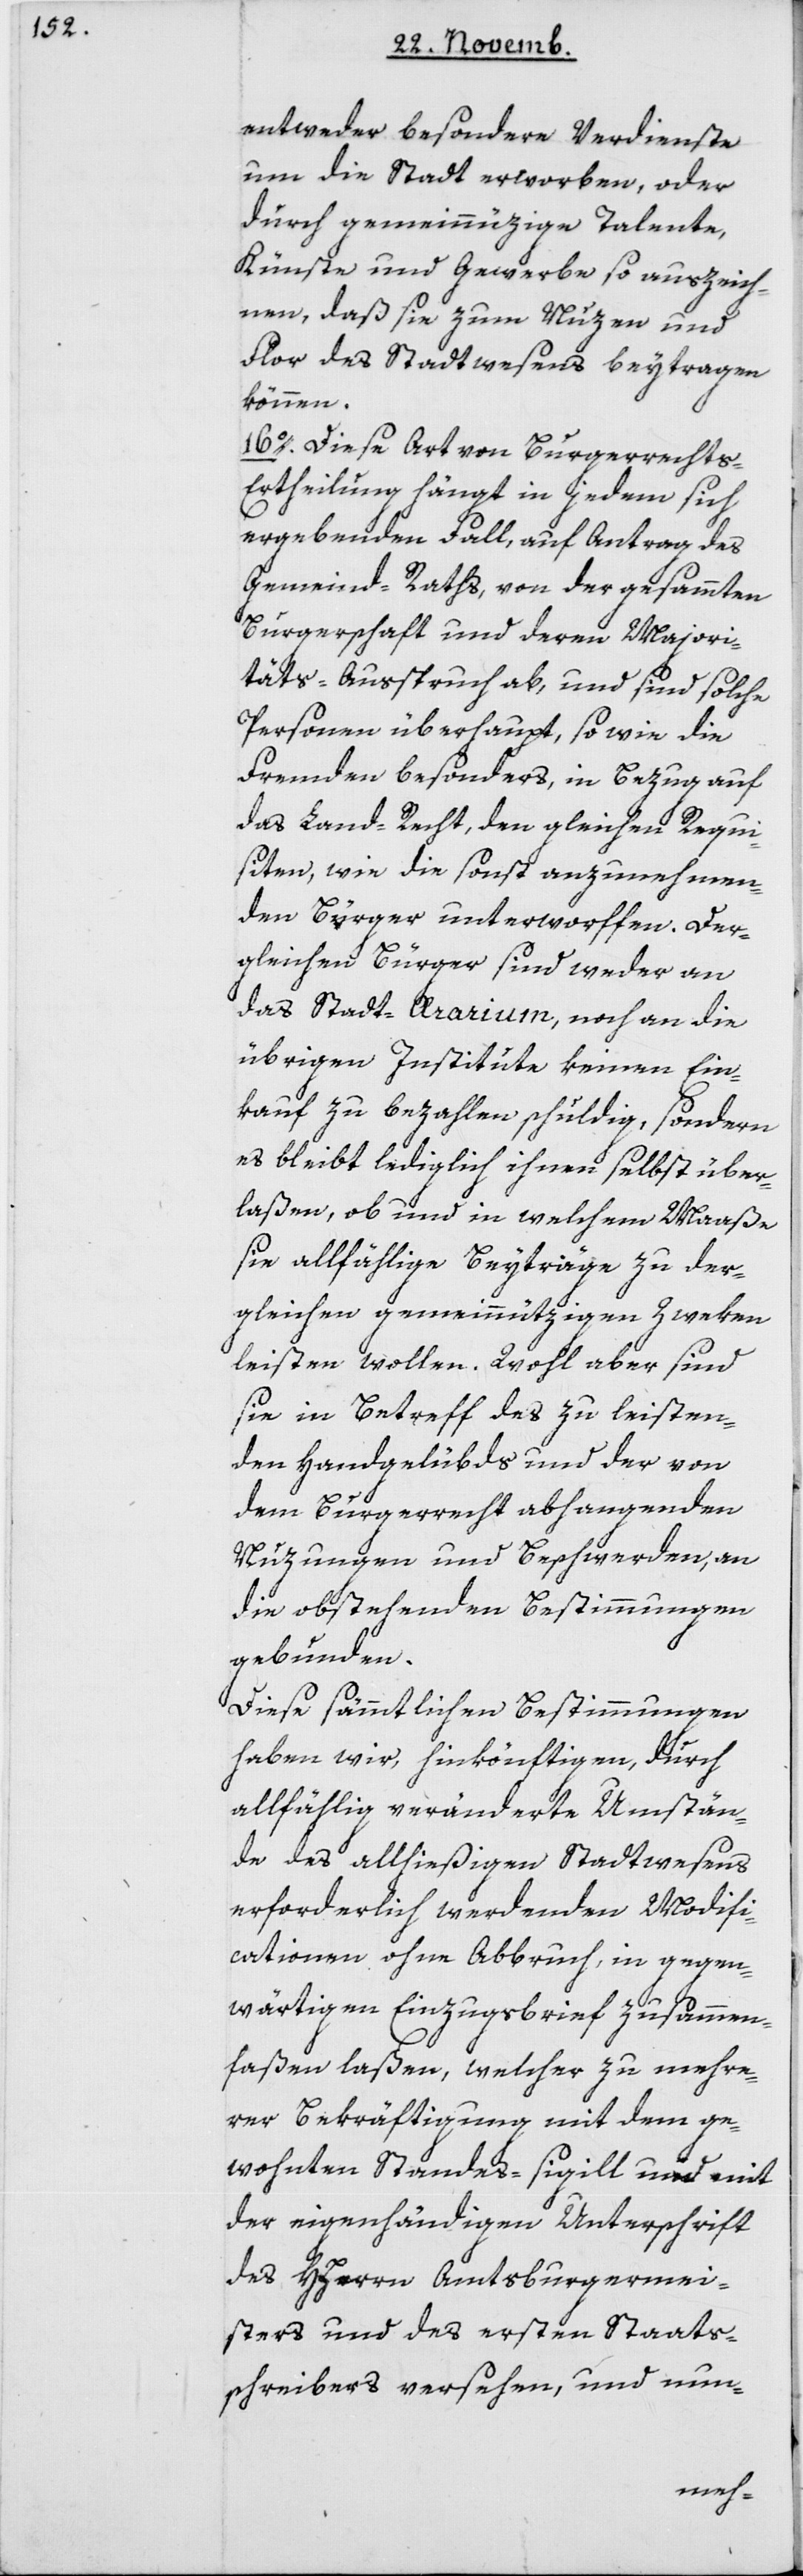
entweder besondere Verdienste
um die Stadt erworben, oder
durch gemeinnüzige Talente,
Künste und Gewerbe, so auszeich¬
nen, daß sie zum Nuzen und
Flor des Stadtwesens beitragen
können.
16. Diese Art von Burgerrechts-E¬
rtheilung hängt in jedem sich
ergebenden Fall, auf Antrag des
Gemeind-Raths von der gesamten
Burgerschaft und deren Majori¬
täts-Ausspruch ab, und sind solche
Personen überhaupt, so wie die
Fremden besonders, in Bezug auf
das Landrecht, den gleichen Requ¬
isiten, wie die sonst anzunehmen¬
den Bürger unterworfen. Der¬
gleichen Bürger sind weder an
das Stadt-Ararium noch an die
übrigen Institute keinen Ein¬
kauf zu bezahlen schuldig, sondern
es bleibt lediglich ihnen selbst über¬
laßen, ob und in welchem Maaße
sie allfällige Beyträge zu der¬
gleichen gemeinnützigen Zweken
leisten wollen. Wohl aber sind
sie in Betreff des zu leisten¬
den Handgelübds und der von
dem Burgerrecht abhangenden
Nuzungen und Beschwerden, an
die obstehenden Bestimmungen
gebunden.
Diese sämmtlichen Bestimmungen
haben wir, hinkönftigen, durch
allfällig veränderte Umstän¬
de des allhießigen Stadtwesens
erforderlich werdenden Modifi¬
cationen ohne Abbruch, in gegen¬
wärtigen Einzugsbrief zusammen¬
faßen laßen, welcher zu mehre¬
rer Bekräftigung mit dem ge¬
wohnten Standes-sigill und mit
der eigenhändigen Unterschrift
der HHerrn Amtsburgermei¬
sters und des ersten Staats¬
schreibers versehen, und nun-